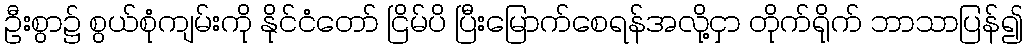
ဦးစွာ၌ စွယ်စုံကျမ်းကို နိုင်ငံတော် ငြိမ်ပိ ပြီးမြောက်စေရန်အလို့ငှာ တိုက်ရိုက် ဘာသာပြန်၍